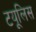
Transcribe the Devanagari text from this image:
टयूलिस